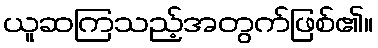
ယူဆကြသည့်အတွက်ဖြစ်၏။